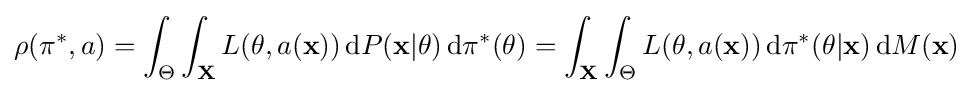
\rho (\pi ^{*},a)=\int _{\Theta }\int _{\mathbf {X}}L(\theta ,a({\mathbf {x}}))\,\mathrm {d} P({\mathbf {x}}\vert \theta )\,\mathrm {d} \pi ^{*}(\theta )=\int _{\mathbf {X}}\int _{\Theta }L(\theta ,a({\mathbf {x}}))\,\mathrm {d} \pi ^{*}(\theta \vert {\mathbf {x}})\,\mathrm {d} M({\mathbf {x}})